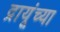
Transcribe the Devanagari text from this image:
द्रायूंच्या